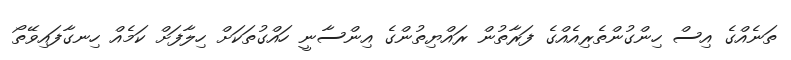
ތަނެއްގެ އިސް ހިންގުންތެރިއެއްގެ ފަރާތުން ރައްޔިތުންގެ އިންސާނީ ހައްގުތަކަށް ހިލާފަށް ކަމެއް ހިނގާފައިވޭތޯ